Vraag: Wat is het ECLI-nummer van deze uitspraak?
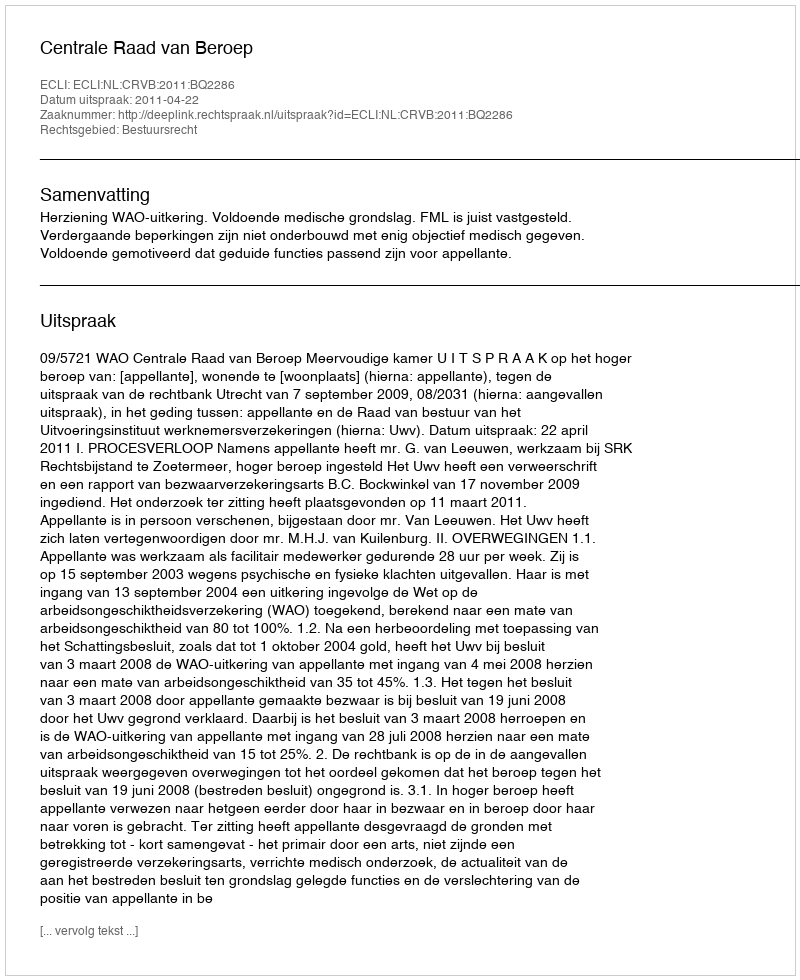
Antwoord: ECLI:NL:CRVB:2011:BQ2286